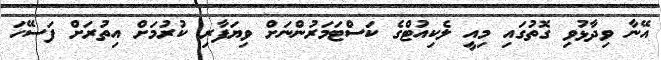
އޭނާ ވިދާޅުވި ގޮތުގައި މިއީ ލެކިއުޓްގެ ކަސްޓަމަރުންނަށް ވިޔަފާރި ކުރުމަށް އިތުރަށް ފަސޭހަ